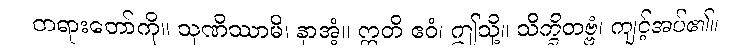
တရားတော်ကို။ သုဏိဿာမိ၊ နာအံ့။ ဣတိ ဧဝံ၊ ဤသို့။ သိက္ခိတဗ္ဗံ၊ ကျင့်အပ်၏။